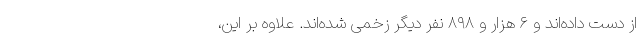
از دست داده‌اند و ۶ هزار و ۸۹۸ نفر دیگر زخمی شده‌اند. علاوه بر این،